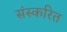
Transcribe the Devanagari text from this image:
संस्करित